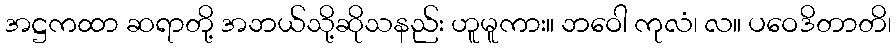
အဋ္ဌကထာ ဆရာတို့ အဘယ်သို့ဆိုသနည်း ဟူမူကား။ ဘဝေါ ကုလံ၊ လ။ ပဝေဒိတာတိ၊